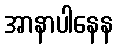
အာနာပါနေန